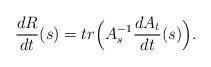
LaTeX: \begin{align*}\frac{dR}{dt}(s)=tr\Big(A_s^{-1}\frac{ dA_t}{dt}(s)\Big).\end{align*}